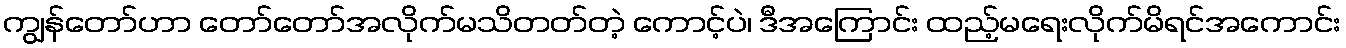
ကျွန်တော်ဟာ တော်တော်အလိုက်မသိတတ်တဲ့ ကောင့်ပဲ၊ ဒီအကြောင်း ထည့်မရေးလိုက်မိရင်အကောင်း